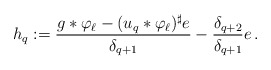
\begin{align*}h_q := \frac{g*\varphi_\ell - (u_q*\varphi_\ell)^\sharp e}{\delta_{q+1}}-\frac{\delta_{q+2}}{\delta_{q+1}} e\, . \end{align*}